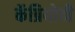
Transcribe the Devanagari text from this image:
कॅप्रियोची